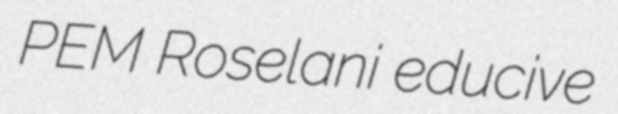
PEM Roselani educive